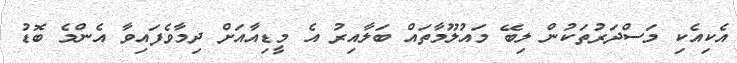
އެކިއެކި މަސްދަރުތަކުން ލިބޭ މައުލޫމާތައް ބަލާއިރު އެ މީޑިއާއަށް ދިމާވެފައިވާ އެންމެ ބޮޑު